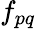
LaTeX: f_{pq}